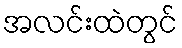
အလင်းထဲတွင်